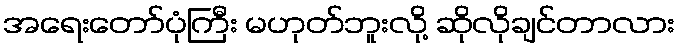
အရေးတော်ပုံကြီး မဟုတ်ဘူးလို့ ဆိုလိုချင်တာလား